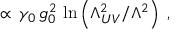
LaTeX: \propto \, \gamma _ { 0 } \, g _ { 0 } ^ { 2 } \, \ln \left( \Lambda _ { U V } ^ { 2 } / \Lambda ^ { 2 } \right) \; ,